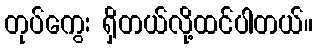
တုပ်ကွေး ရှိတယ်လို့ထင်ပါတယ်။